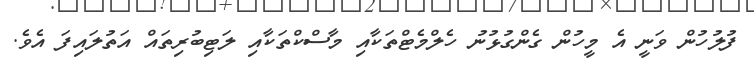
ފުލުހުން ވަނީ އެ މީހުން ގެންގުޅުނު ހެލްމެޓްތަކާއި މާސްކްތަކާއި ލަޓިބުރިތައް އަތުލައިފަ އެވެ.